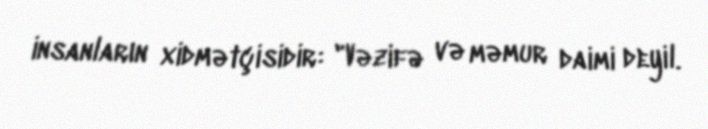
insanların xidmətçisidir: "Vəzifə və məmur daimi deyil.